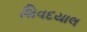
શિવદયાલ